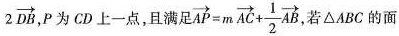
2 \overrightarrow { D B }$$，P为CD上一点，且满足 $$\overrightarrow{AP}=m \overrightarrow{AC}+ \frac{1}{2} \overrightarrow{AB}$$，若△ABC的面